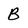
Character: B